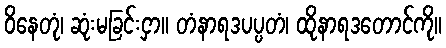
ဝိနေတုံ၊ ဆုံးမခြင်းငှာ။ တံနာရဒပပ္ပတံ၊ ထိုနာရဒတောင်ကို။